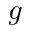
g